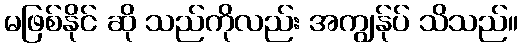
မဖြစ်နိုင် ဆို သည်ကိုလည်း အကျွန်ုပ် သိသည်။